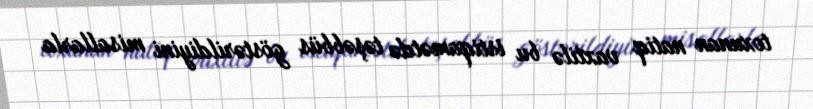
toxunan natiq vaxtilə bu istiqamətdə təşəbbüs göstərildiyini misallarla